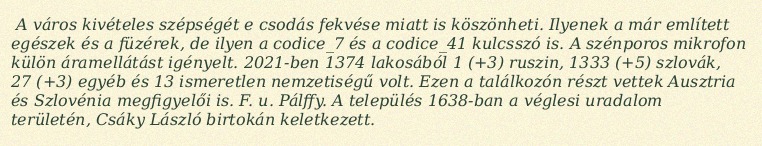
A város kivételes szépségét e csodás fekvése miatt is köszönheti. Ilyenek a már említett egészek és a füzérek, de ilyen a codice_7 és a codice_41 kulcsszó is. A szénporos mikrofon külön áramellátást igényelt. 2021-ben 1374 lakosából 1 (+3) ruszin, 1333 (+5) szlovák, 27 (+3) egyéb és 13 ismeretlen nemzetiségű volt. Ezen a találkozón részt vettek Ausztria és Szlovénia megfigyelői is. F. u. Pálffy. A település 1638-ban a véglesi uradalom területén, Csáky László birtokán keletkezett.